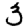
Digit: 3